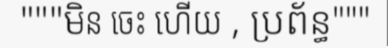
"""មិន ចេះ ហើយ , ប្រព័ន្ធ"""